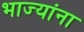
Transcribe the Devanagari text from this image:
भाज्यांना